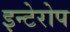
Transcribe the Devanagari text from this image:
इन्टेरोप